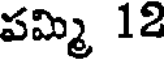
పమ్మి 12